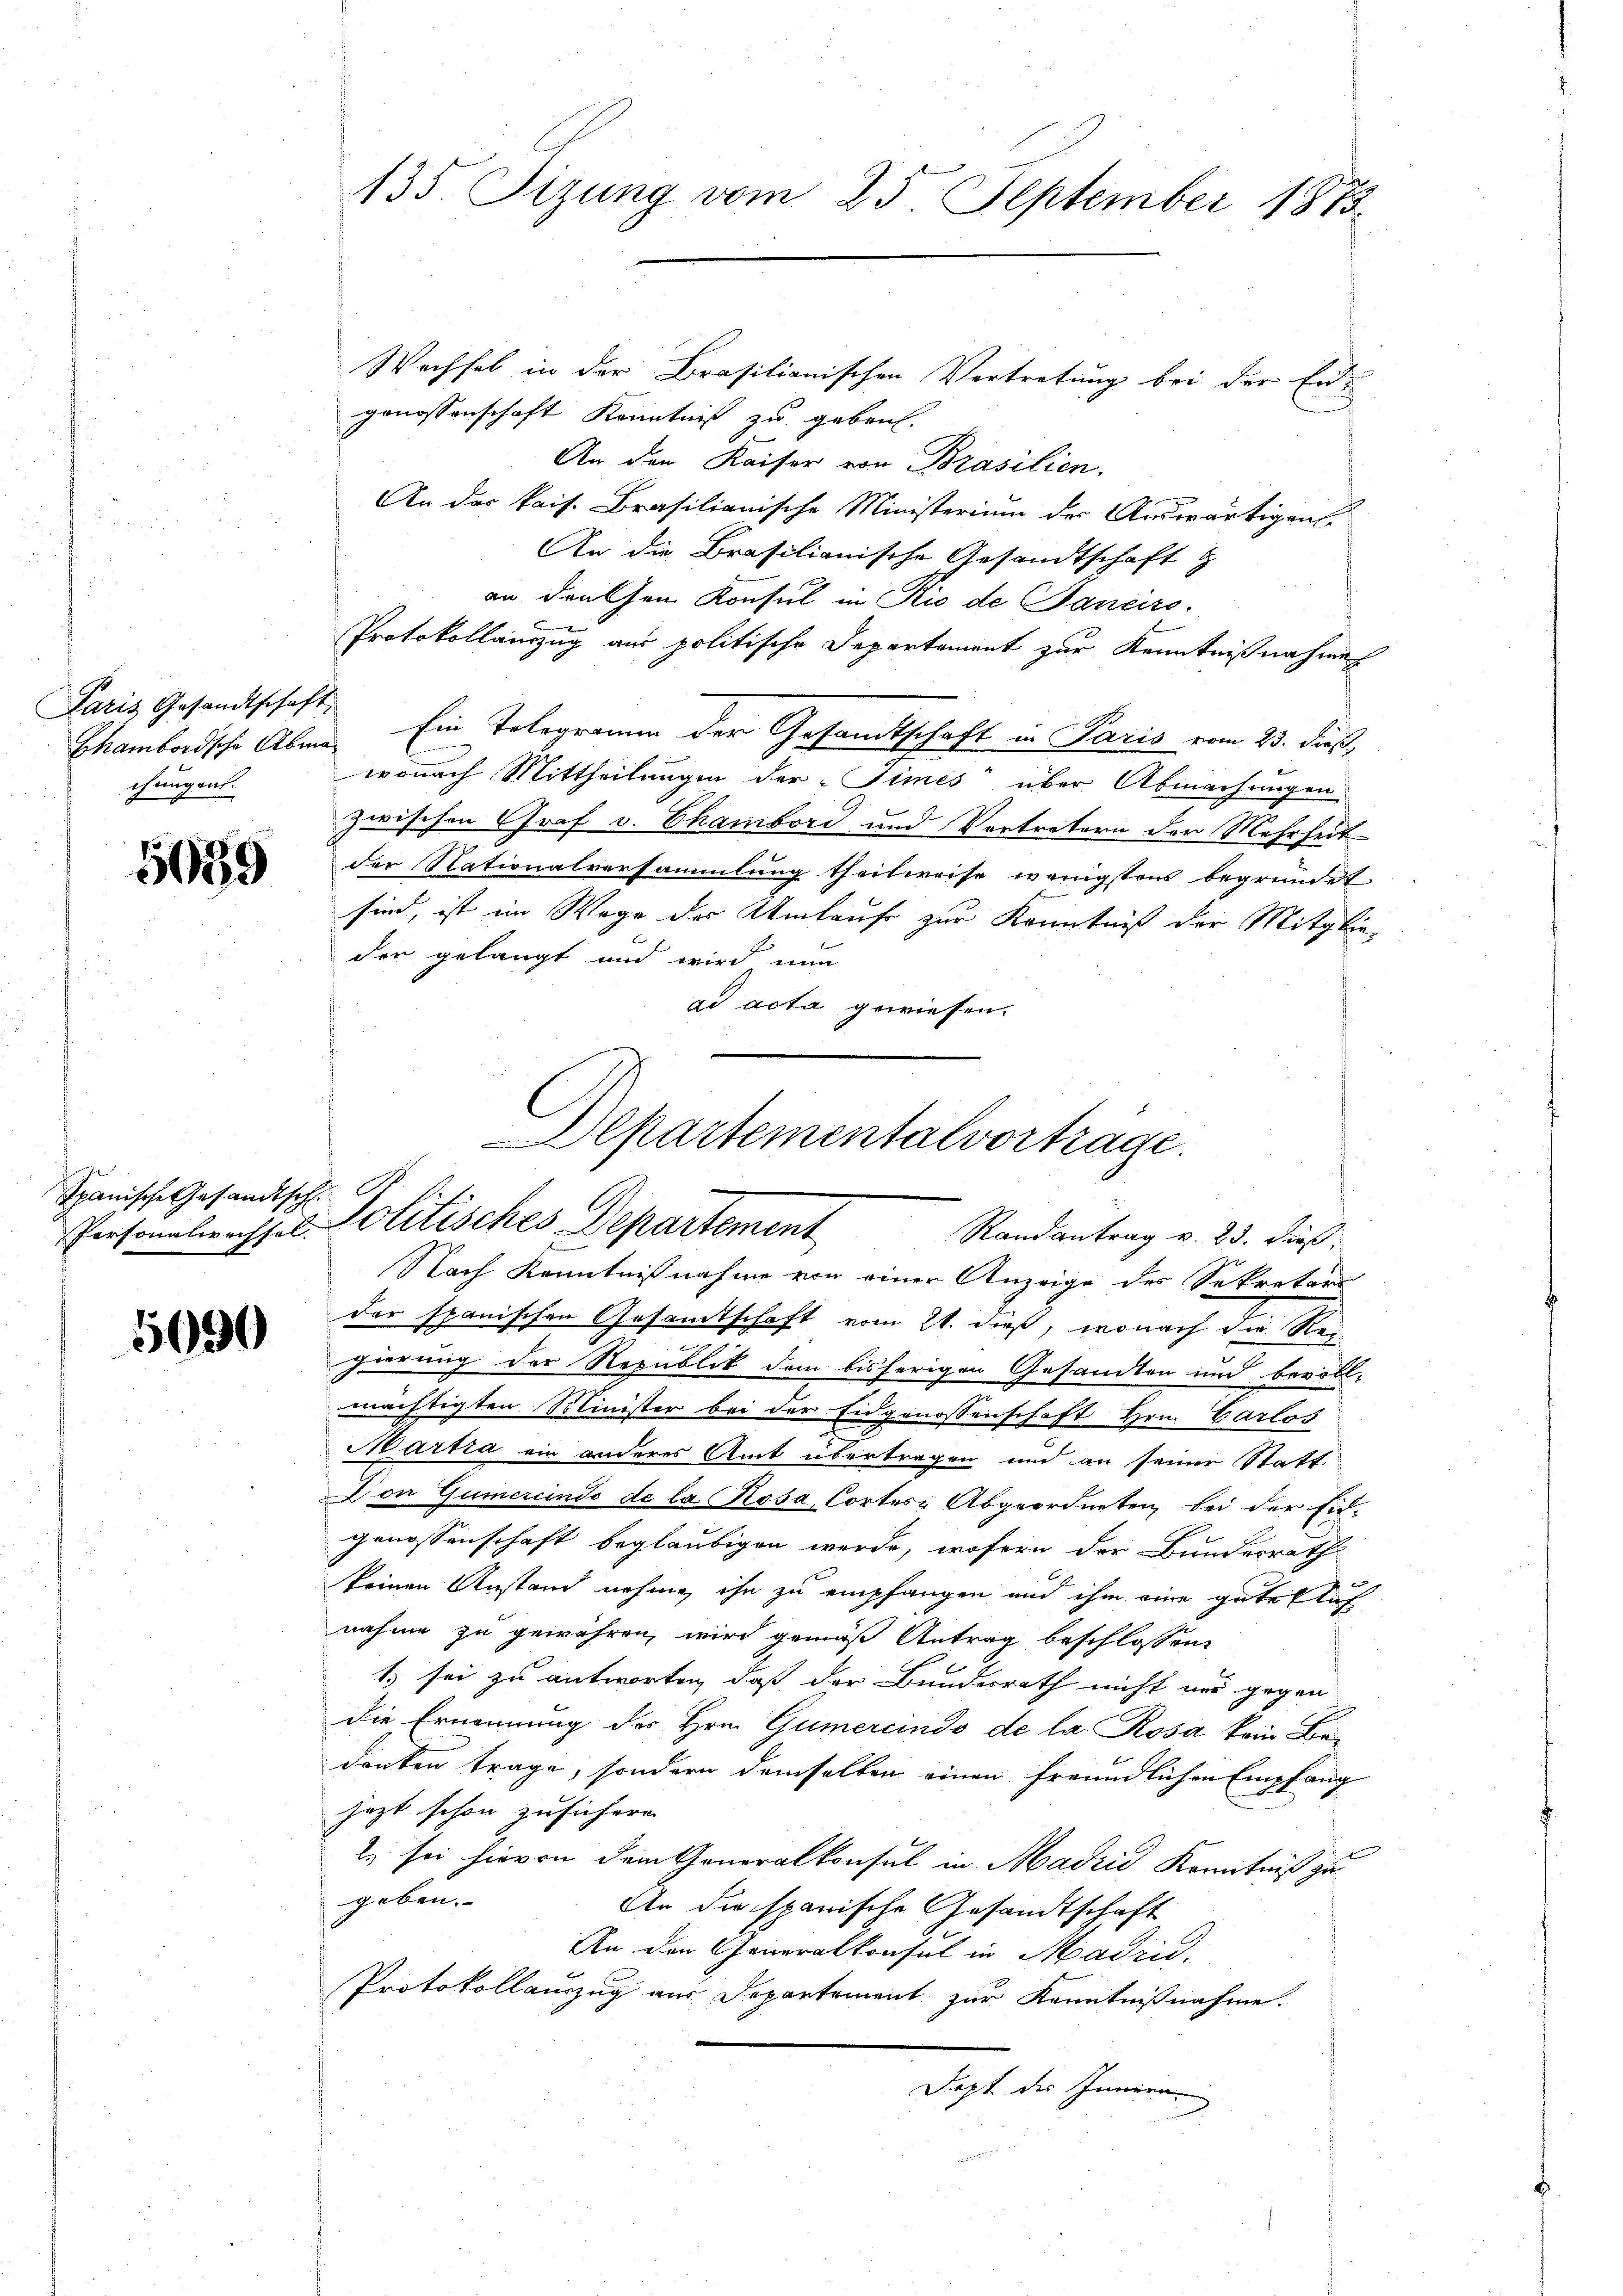
Paris Gesandtschaft,
chungen.

5659

Spanische Gesandtsch.

5690

135. Sizung vom 25. September 1873.

Wechsel in der Brasilianischen Vertretung bei der Er-
genossenschaft Kenntniß zu gebrach.
An den Kaiser von Brasilien.
An der kais. Brasilianische Ministerium der Auswärtigens
An die Brasilianische Gesandtschaft z
an den Chen Konsul in Rio de Sancirs.
Protokollauszug aus politische Departement zur Kenntnißnahmen
Chambodsche Aber Ein Telegramm der Gesandtschaft in Paris vom 23. dieß,
wonach Mittheilungen der Simes über Abmachungen
zwischen Graf v. Chambord und Vertretern der Mehrheit
der Nationalversammlung theilweise wenigstens begründet
sind, ist im Wege der Umlaufe zur Kenntniß der Mitglieden gelangt und wird nun
ad acta gewiesen.
Departementalvortrage.

Personalwassel. Politisches Departement
Randantrag v. 23. dieß,

Nach Kenntnißnahme von einer Anzeige des Sekretäri
der spanischen Gesamtschaft vom 21. dieß, wonach die Re-
gierung der Republik dem bisherigen Gesandten und bevoll-
mächtigten Minister bei der Eidgenossenschaft Hrn. Carlos
Martia ein anderes Amt übertragen und an seiner Statt
Don Gumercindo de la Rosa Cortes Abgeordneten, bei der Eid-
genossenschaft beglaubigen werde, wofern der Bundesrath
keinen Anstand nehme ihn zu empfangen und ihm eine gute lich
nahme zu gewähren, wird gemäß Antrag beschlossen:
1 sei zu antworten, daß der Bundesrath nicht nur gegen
die Ernennung des Hrn. Gumercindo de la Rosa kein Bedenken trage, sondern demselben einen freundlichen Empfang
jezt schon zusichern.
2) sei hievon dem Generalkonsul in Madrid Kenntniß zu
geben.
An die spanische Gesandtschaft
An den Generalkonsul in Madrid.
Protokollauszug aus Departement zur Kenntnißnahme.
Dept der Innern